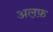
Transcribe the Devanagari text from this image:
अल़फ़